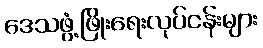
ဒေသဖွံ့ဖြိုးရေးလုပ်ငန်းများ